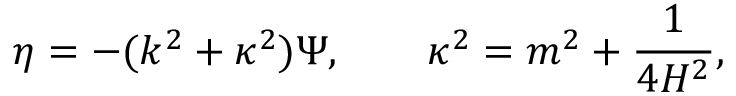
\eta = - ( k ^ { 2 } + \kappa ^ { 2 } ) \Psi , \qquad \kappa ^ { 2 } = m ^ { 2 } + \frac { 1 } { 4 H ^ { 2 } } ,